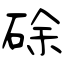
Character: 硢